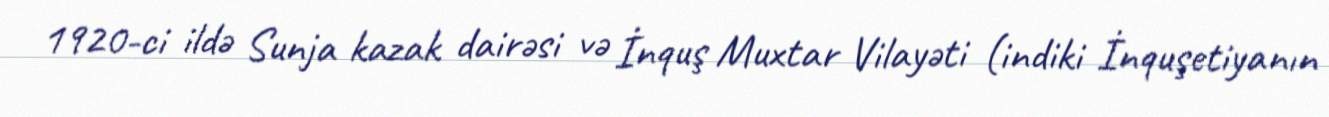
1920-ci ildə Sunja kazak dairəsi və İnquş Muxtar Vilayəti (indiki İnquşetiyanın